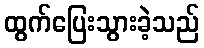
ထွက်ပြေးသွားခဲ့သည်